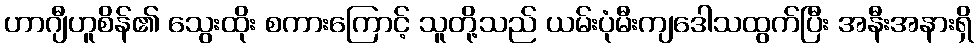
ဟာဂျီဟူစိန်၏ သွေးထိုး စကားကြောင့် သူတို့သည် ယမ်းပုံမီးကျဒေါသထွက်ပြီး အနီးအနားရှိ